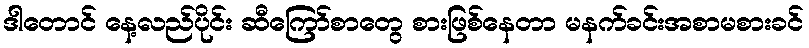
ဒါတောင် နေ့လည်ပိုင်း ဆီကြော်စာတွေ စားဖြစ်နေတာ မနက်ခင်းအစာမစားခင်